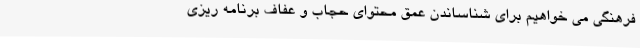
فرهنگی می خواهیم برای شناساندن عمق محتوای حجاب و عفاف برنامه ریزی